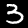
Label: 3